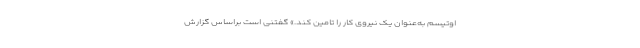
اوتیسم به‌عنوان یک نیروی کار را تامین کند.» گفتنی است براساس گزارش